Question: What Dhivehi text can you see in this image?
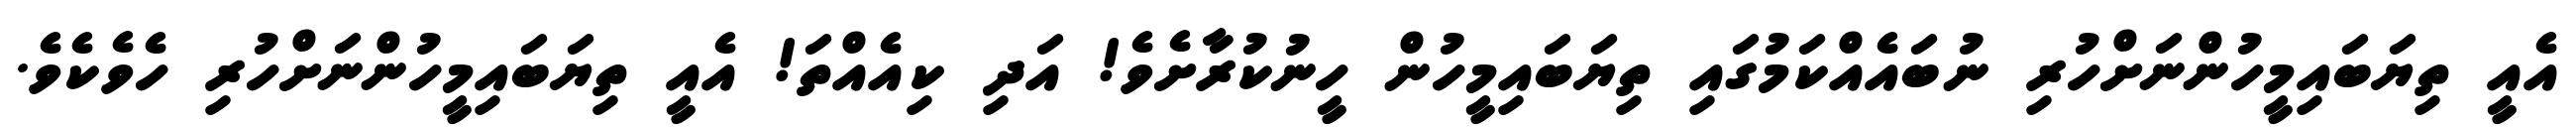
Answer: އެއީ ތިޔަބައިމީހުންނަށްހުރި ނުބައެއްކަމުގައި ތިޔަބައިމީހުން ހީނުކުރާށެވެ! އަދި ކިއެއްތަ! އެއީ ތިޔަބައިމީހުންނަށްހުރި ހެވެކެވެ.